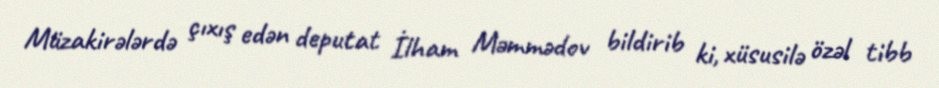
Müzakirələrdə çıxış edən deputat İlham Məmmədov bildirib ki, xüsusilə özəl tibb